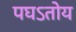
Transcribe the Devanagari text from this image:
पघऽतोय